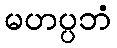
မဟပ္ပဘံ